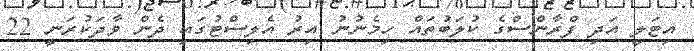
އިޓަލީ އަދި ފްރާންސްގެ ކުލަބުތައް ހިމެނުނު އިރު އެލިސްޓުގައި ދެން ވާދަކުރަނީ 22